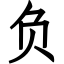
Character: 负